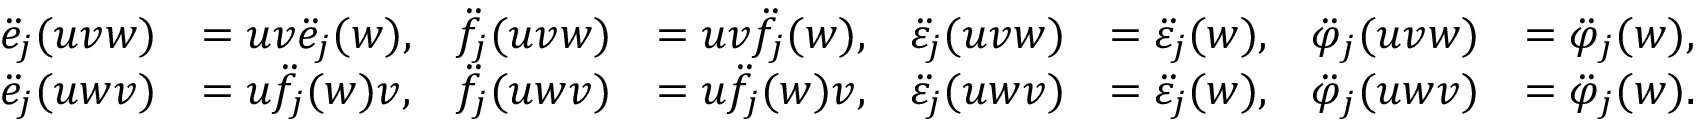
\begin{array} { r l r l r l r l } { \ddot { e } _ { j } ( u v w ) } & { = u v \ddot { e } _ { j } ( w ) , } & { \ddot { f } _ { j } ( u v w ) } & { = u v \ddot { f } _ { j } ( w ) , } & { \ddot { \varepsilon } _ { j } ( u v w ) } & { = \ddot { \varepsilon } _ { j } ( w ) , } & { \ddot { \varphi } _ { j } ( u v w ) } & { = \ddot { \varphi } _ { j } ( w ) , } \\ { \ddot { e } _ { j } ( u w v ) } & { = u \ddot { f } _ { j } ( w ) v , } & { \ddot { f } _ { j } ( u w v ) } & { = u \ddot { f } _ { j } ( w ) v , } & { \ddot { \varepsilon } _ { j } ( u w v ) } & { = \ddot { \varepsilon } _ { j } ( w ) , } & { \ddot { \varphi } _ { j } ( u w v ) } & { = \ddot { \varphi } _ { j } ( w ) . } \end{array}